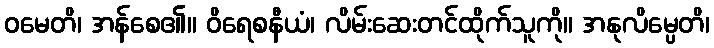
ဝမေတိ၊ အန်စေ၏။ ဝိရေစနီယံ၊ လိမ်းဆေးတင်ထိုက်သူကို။ အနုလိမ္ပေတိ၊